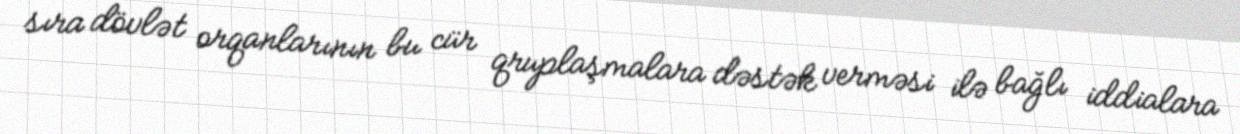
sıra dövlət orqanlarının bu cür qruplaşmalara dəstək verməsi ilə bağlı iddialara